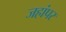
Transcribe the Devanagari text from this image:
जहांपर